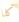
كلا